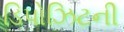
ડિપોઝિટની